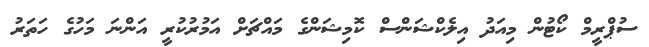
ސުޕްރީމް ކޯޓުން މިއަދު އިލެކްޝަންސް ކޮމިޝަންގެ މައްޗަށް އަމުރުކުރީ އަންނަ މަހުގެ ހަތަރު